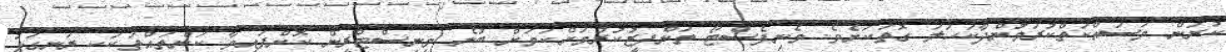
ކުރަން މަސައްކަތްކުރަމުންދާކަހަލަ ގޮތަކަށެވެ. މެނިފެސްޓޯ ތަންފީޒުކުރުމަށްކަމަށް ބުނެ މިނިސްޓްރީން ކޮށްފައިވާ ކަންތައްތަކަކީ ރަނގަޅު